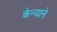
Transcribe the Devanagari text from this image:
केन्याने